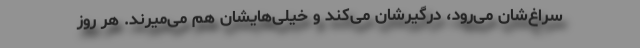
سراغ‌شان می‌رود، درگیرشان می‌کند و خیلی‌هایشان هم می‌میرند. هر روز